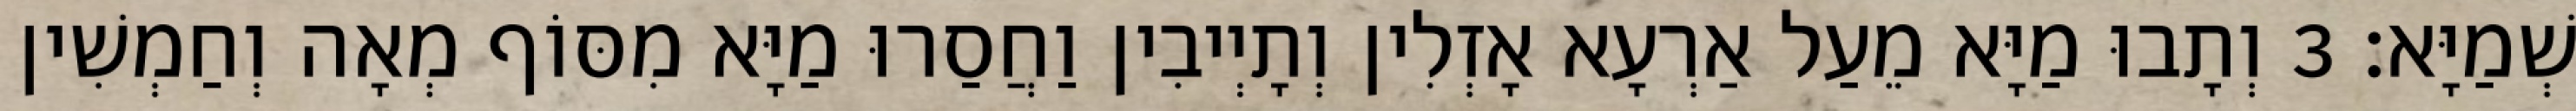
שְׁמַיָּא׃ 3 וְתָבוּ מַיָּא מֵעַל אַרְעָא אָזְלִין וְתָיְיבִין וַחֲסַרוּ מַיָּא מִסּוֹף מְאָה וְחַמְשִׁין